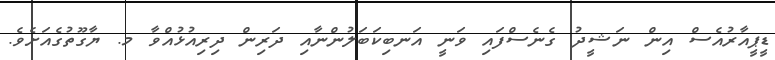
ޑީޕީއާރުއެސް އިން ނަޝީދު ގެނެސްފައި ވަނީ އަނބިކަބަލުންނާއި ދަރިން ދިރިއުޅުއްވާ މ. ޔާގޫތުގެއަށެވެ.